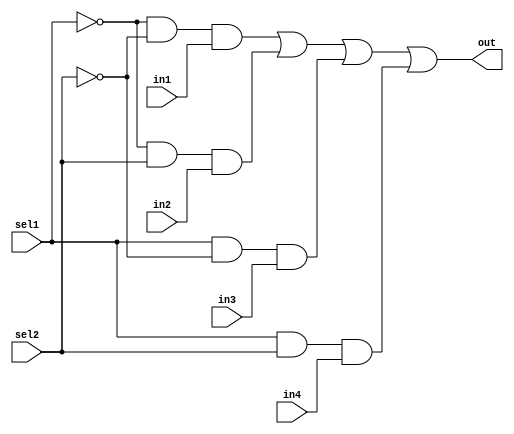
module mux4to1(out,sel1,sel2,in1,in2,in3,in4);
	input in1,in2,in3,in4,sel1,sel2;
	output out;
	wire not_sel1,not_sel2,a1,a2,a3,a4;
	not (not_sel1,sel1);
	not (not_sel2,sel2);
	and (a1,not_sel1,not_sel2,in1);
	and (a2,not_sel1,sel2,in2);
	and (a3,sel1,not_sel2,in3);	
	and (a4,sel1,sel2,in4);
	or(out,a1,a2,a3,a4);
endmodule